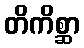
တိကိစ္ဆာ